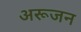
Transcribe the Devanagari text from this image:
अरूजन